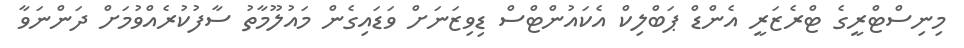
މިނިސްޓްރީގެ ޓްރެޒަރީ އެންޑް ޕަބްލިކް އެކައުންޓްސް ޑިވިޒަނަށް ވަޑައިގެން މައުލޫމާތު ސާފުކުރެއްވުމަށް ދަންނަވާ